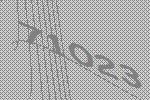
71023